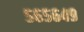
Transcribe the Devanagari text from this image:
५६५६४९